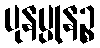
ပုနပ္ပုနဉ္စ